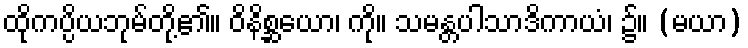
ထိုကပ္ပိယဘုမ်တို့၏။ ဝိနိစ္ဆယော၊ ကို။ သမန္တပါသာဒိကာယံ၊ ၌။ (မယာ)